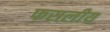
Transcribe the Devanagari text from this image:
फसलीय